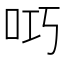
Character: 𫩟